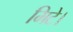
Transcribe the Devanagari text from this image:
मिटे।